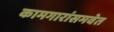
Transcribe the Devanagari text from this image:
कामगारांसमवेत